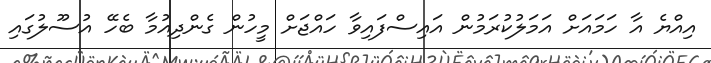
އިއްޔެ އާ ހަމައަށް އަމަލުކުރަމުން އައިސްފައިވާ ހައްޖަށް މީހުން ގެންދިއުމާ ބެހޭ އުސޫލުގައި